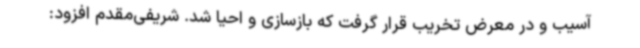
آسیب و در معرض تخریب قرار گرفت که بازسازی و احیا شد. شریفی‌مقدم افزود: